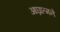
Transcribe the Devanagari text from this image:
आघ्रात्मने